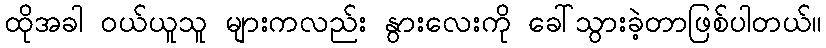
ထိုအခါ ဝယ်ယူသူ များကလည်း နွားလေးကို ခေါ်သွားခဲ့တာဖြစ်ပါတယ်။